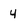
Character: 4